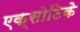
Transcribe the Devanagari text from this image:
एक्सोटिके